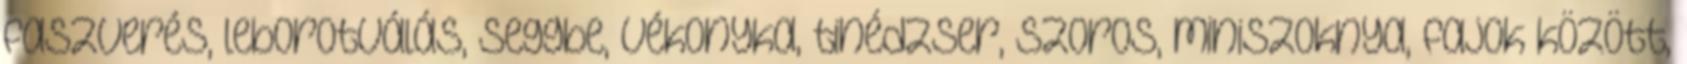
faszverés, leborotválás, seggbe, vékonyka, tinédzser, szoros, miniszoknya, fajok között,